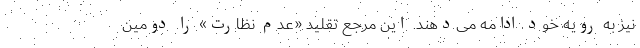
نیز به رویه خود ادامه می‌دهند. این مرجع تقلید «عدم نظارت» را دومین